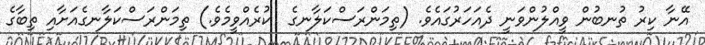
އޭނާ ކިރު ތުނބުން ވީއްލުންވަނީ ދެއަހަރުގައެވެ. (ތިމަންރަސްކަލާނގެ  ކުރެއްވީމެވެ.) ތިމަންރަސްކަލާނގެއަށާއި ތިބާގެ